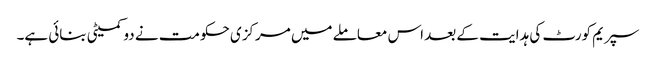
سپریم کورٹ کی ہدایت کے بعد اس معاملے میں مرکزی حکومت نے دو کمیٹی بنائی ہے۔